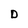
Character: D